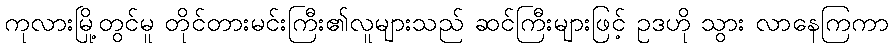
ကုလားမြို့တွင်မူ တိုင်တားမင်းကြီး၏လူများသည် ဆင်ကြီးများဖြင့် ဥဒဟို သွား လာနေကြကာ